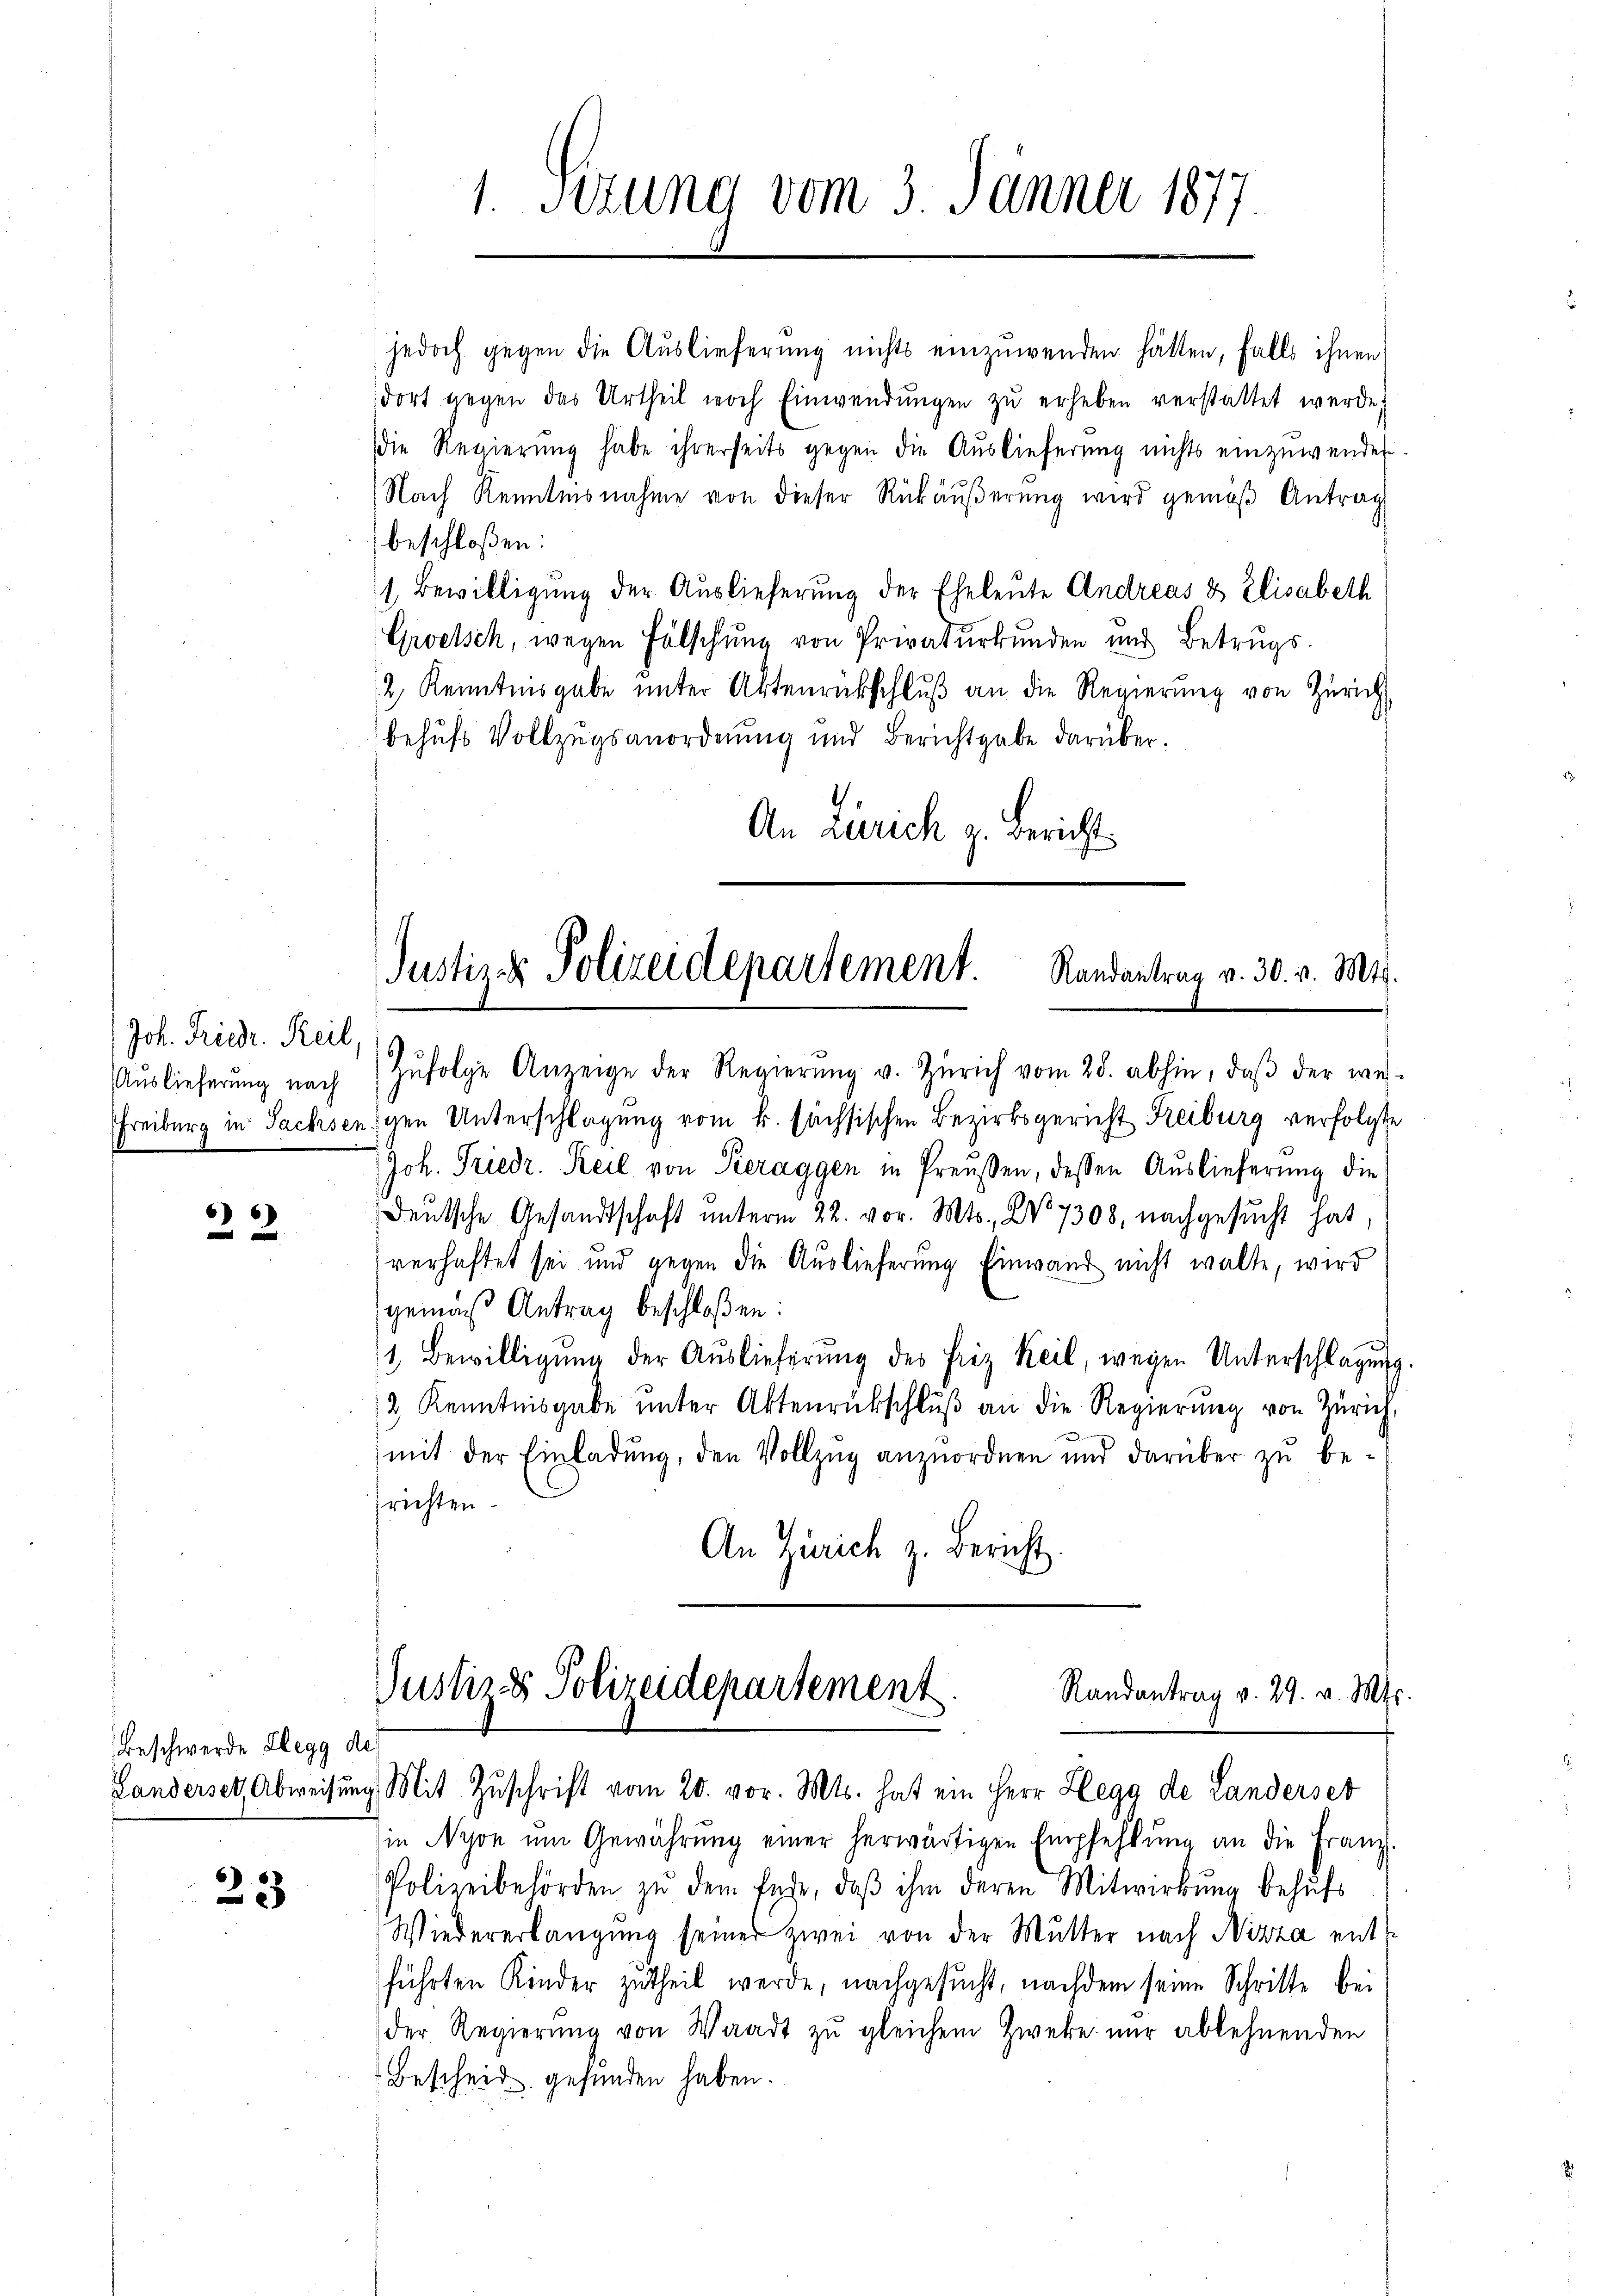
Joh. Friedr. Keil,

66

Beschwerde Klegg de

23

1. Setzung vom 3. Jänner 1877.

jedoch gegen die Auslieferung nichts einzuwenden hätten, falls ihnen
dort gegen das Urtheil noch Einwendungen zu erheben verstattet werde,
die Regierŭng habe ihrerseits gegen die Aŭslieferŭng nichts einzuwenden.
Nach Kenntnisnahme von dieser Rückäußerung wird gemäß Antrag
beschloßen:
1 Bewilligŭng der Auslieferung der Eheleute Andreas & Elisabeth
Groelsch, wegen Fälschung von Privaturkunden und Betrugs-
2, Kenntnisgabe unter Aktenrückschluß an die Regierung von Zürich
behufs Vollzugsanordnung und Berichtgabe darüber.
An Zürich z. Bericht

Justiz & Polizeidepartement. Randantrag v. 30. v. Mts.

Landerset, Abweisŭng Mit Zŭschrift vom 20. vor. Mts. hat ein Herr Klegg de Landerset

in Nyon ŭm Gewährŭng einer herwärtigen Empfehlŭng an die Franz.
Polizeibehörden zŭ dem Ende, daβ ihm deren Mitwirkung behŭfs
Wiedererlangung seiner zwei von der Mutter nach Nizza entführten Kinder zutheil werde, nachgesucht, nachdem seine Schritte bei
der Regierŭng von Waadt zŭ gleichem Zweke nur ablehnenden
Bescheid gefunden haben.

Aŭslieferŭng nach Zŭfolge Anzeige der Regierŭng v. Zürich vom 28. abhin, daβ der wes-
Freiburg in Sachsenschen Unterschlagung vom k. sächsischen Bezirksgericht Reiburg verfolgte
Joh. Friedr. Reil von Keraggen in Preußen, dessen Auslieferung die
Deutsche Gesandtschaft unterm 22. vor. Mts., No 7308, nachgesucht hat
verhaftet sei und gegen die Auslieferung Einwand nicht walte, wird
gemäß Antrag beschloßen:
1 Bewilligŭng der Aŭslieferŭng des Friz Keil, wegen Unterschlagung.
2 Kenntnisgabe unter Aktenrückschluß an die Regierung von Zürich,
mit der Einladung, den Vollzug anzuordnen und darüber zu be-
prichten.
An Zürich z. Bericht.
Justiz & Polizeidepartement
Randantrag v. 29. v. Mts.